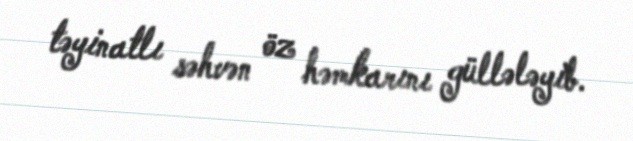
təyinatlı səhvən öz həmkarını güllələyib.